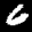
Label: 6